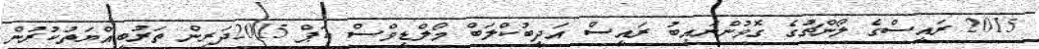
2015 ރައީސްގެ ލޯންޗުގެ ގޮވުންނައިބު ރައީސް އަދީބުކްލަބް މޯލްޑިވްސް ކަޕް 2015ދަރިން ތަރުބިއްޔަތުކުރުން